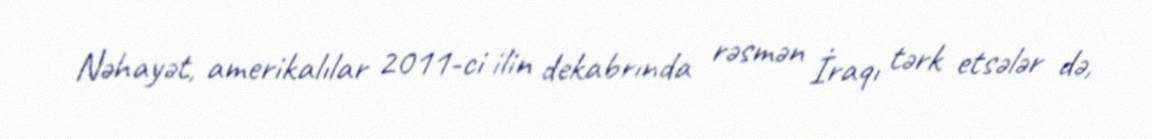
Nəhayət, amerikalılar 2011-ci ilin dekabrında rəsmən İraqı tərk etsələr də,